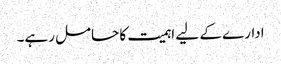
ادارے کے لیے اہمیت کا حامل رہے۔